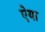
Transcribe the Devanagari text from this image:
ऐया